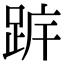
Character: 𨀠